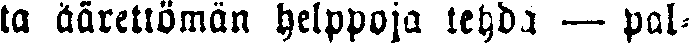
ta äärettömän helppoja tehdä — pal-